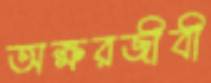
অক্ষরজীবী